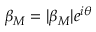
\beta _ { M } = | \beta _ { M } | e ^ { i \theta }